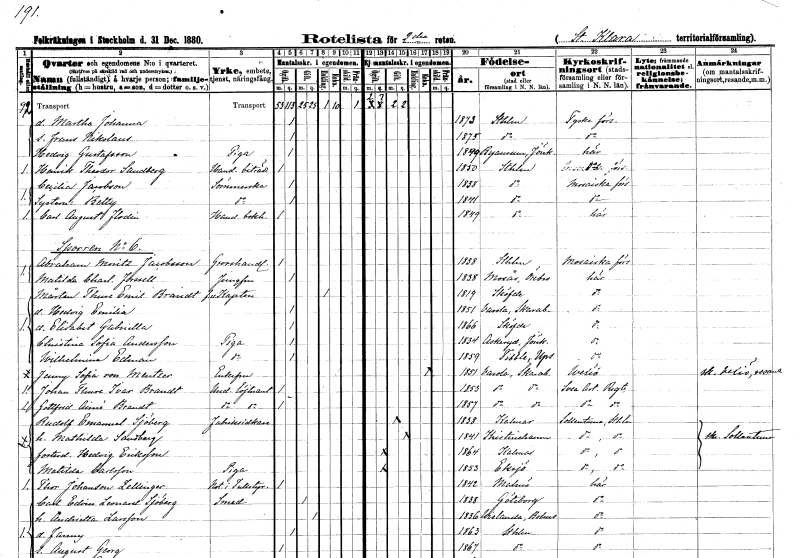
gt_parse: households: individuals: FN: Martha Johanna
KON: K
CIV: O
FODAR: 1873
FODFORS: Stockholm
FN: Frans Nikolaus
KON: M
CIV: O
FODAR: 1875
FODFORS: Stockholm
FN: Hedvig
EN: Gustafsson
YRKE: Piga
KON: K
CIV: O
FODAR: 1849
FODFORS: Byarum Jönköpings län
FN: Henrik Theodor
EN: Sandberg
YRKE: Handelsbiträde
KON: M
CIV: O
FODAR: 1850
FODFORS: Stockholm
FN: Cecilia
EN: Jacobson
YRKE: Sömmerska
KON: K
CIV: O
FODAR: 1838
FODFORS: Stockholm
FN: Betty
YRKE: Sömmerska
KON: K
CIV: O
FODAR: 1841
FODFORS: Stockholm
FN: Carl August
EN: Flodin
YRKE: Handelsbokhållare
KON: M
CIV: O
FODAR: 1849
FODFORS: Stockholm
FN: Abraham Moritz
EN: Jacobsson
YRKE: Grosshandlare
KON: M
CIV: O
FODAR: 1838
FODFORS: Stockholm
FN: Matilda Charlotta
EN: Forssell
YRKE: Jungfru
KON: K
CIV: O
FODAR: 1838
FODFORS: Mosjö Örebro län
FN: Mårten Thure Emil
EN: Brandt
YRKE: Kapten
KON: M
CIV: E
FODAR: 1819
FODFORS: Skövde Skaraborgs län
FN: Hedvig Emilia
KON: K
CIV: O
FODAR: 1851
FODFORS: Varola Skaraborgs län
FN: Elisabet Gabriella
KON: K
CIV: O
FODAR: 1866
FODFORS: Skövde Skaraborgs län
FN: Christina Sofia
EN: Andersson
YRKE: Piga
KON: K
CIV: O
FODAR: 1834
FODFORS: Askeryd Jönköpings län
FN: Wilhelmina
EN: Edman
YRKE: Piga
KON: K
CIV: O
FODAR: 1859
FODFORS: Tibble Uppsala län
FN: Jenny Sofia
EN: von Mentzer
KON: K
CIV: E
FODAR: 1851
FODFORS: Varola Skaraborgs län
FN: Johan Thure Ivar
EN: Brandt
YRKE: Underlöjtnant
KON: M
CIV: O
FODAR: 1853
FODFORS: Varola Skaraborgs län
FN: Gottfrid Aimé
EN: Brandt
YRKE: Underlöjtnant
KON: M
CIV: O
FODAR: 1857
FODFORS: Varola Skaraborgs län
FN: Rudolf Emanuel
EN: Sjöberg
YRKE: Fabriksidkare
KON: M
CIV: G
FODAR: 1838
FODFORS: Kalmar Kalmar län
FN: Mathilda
EN: Sandberg
KON: K
CIV: G
FODAR: 1841
FODFORS: Kristinehamn Värmlands län
FN: Hedvig
EN: Eriksson
KON: K
CIV: O
FODAR: 1864
FODFORS: Kalmar Kalmar län
FN: Matilda
EN: Carlsson
YRKE: Piga
KON: K
CIV: O
FODAR: 1853
FODFORS: Eksjö Jönköpings län
FN: Thor
EN: Johansson Zellinger
YRKE: Notarie i Tullstyrelsen
KON: M
CIV: O
FODAR: 1842
FODFORS: Malmö Malmöhus län